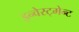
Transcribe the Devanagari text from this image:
इन्वेस्ट्मेन्ट